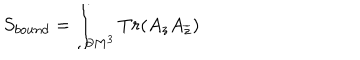
S _ { b o u n d } = \int _ { \partial M ^ { 3 } } T r ( A _ { z } A _ { \overline { { { z } } } } )